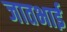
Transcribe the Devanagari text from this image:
जातभाई